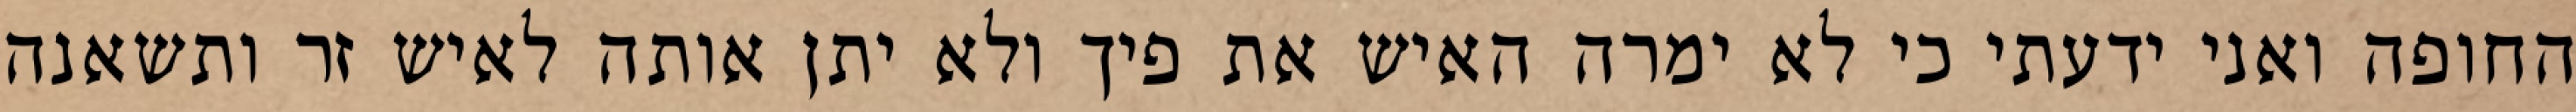
החופה ואני ידעתי כי לא ימרה האיש את פיך ולא יתן אותה לאיש זר ותשאנה